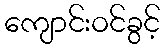
ကျောင်းဝင်ခွင့်